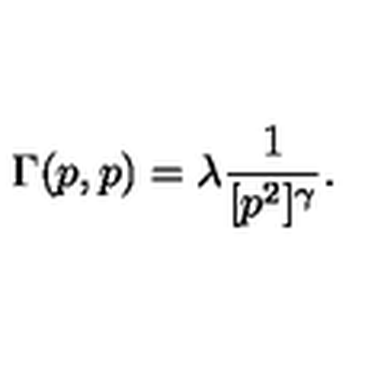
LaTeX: \Gamma ( p , p ) = \lambda \frac { 1 } { [ p ^ { 2 } ] ^ { \gamma } } .